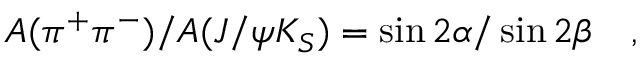
A ( \pi ^ { + } \pi ^ { - } ) / A ( J / \psi K _ { S } ) = \sin 2 \alpha / \sin 2 \beta ~ ~ ~ ,